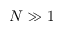
N \gg 1